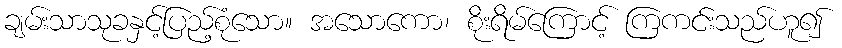
ချမ်းသာသုခနှင့်ပြည့်စုံသော။ အသောကော၊ စိုးရိမ်ကြောင့် ကြကင်းသည်ဟူ၍